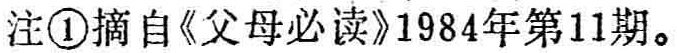
注\textcircled{1}摘自《父母必读》1984年第11期。